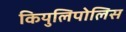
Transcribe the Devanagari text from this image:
कियुलिपोलिस